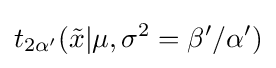
t_{2\alpha '}({\tilde {x}}|\mu ,\sigma ^{2}=\beta '/\alpha ')